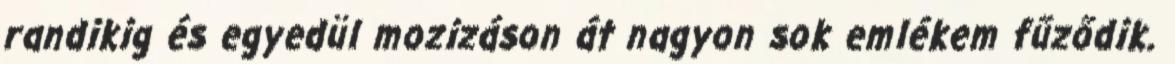
randikig és egyedül mozizáson át nagyon sok emlékem fűződik.